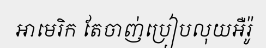
អាមេរិក តែចាញ់ប្រៀបលុយអឺរ៉ូ